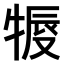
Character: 𤚨